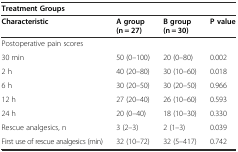
<table><thead><tr><td colspan="4"><b>Treatment Groups</b></td></tr><tr><td><b>Characteristic</b></td><td><b>A group (n = 27)</b></td><td><b>B group (n = 30)</b></td><td><b>P value</b></td></tr></thead><tbody><tr><td>Postoperative pain scores</td><td></td><td></td><td></td></tr><tr><td>30 min</td><td>50 (0–100)</td><td>20 (0–80)</td><td>0.002</td></tr><tr><td>2 h</td><td>40 (20–80)</td><td>30 (10–60)</td><td>0.018</td></tr><tr><td>6 h</td><td>30 (20–50)</td><td>30 (20–50)</td><td>0.966</td></tr><tr><td>12 h</td><td>27 (20–40)</td><td>26 (10–60)</td><td>0.593</td></tr><tr><td>24 h</td><td>20 (0–40)</td><td>18 (10–30)</td><td>0.330</td></tr><tr><td>Rescue analgesics, n</td><td>3 (2–3)</td><td>2 (1–3)</td><td>0.039</td></tr><tr><td>First use of rescue analgesics (min)</td><td>32 (10–72)</td><td>32 (5–417)</td><td>0.742</td></tr></tbody></table>